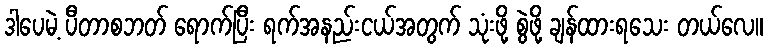
ဒါပေမဲ့ ပီတာစဘတ် ရောက်ပြီး ရက်အနည်းငယ်အတွက် သုံးဖို့ စွဲဖို့ ချန်ထားရသေး တယ်လေ။